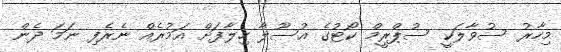
މިހާރު ސުވާލަކީ ސުޕްރީމް ކޯޓުގެ އުސޫލާ ހިލާފަށް އަމުރެއް ނެރެފި ނަމަ ދެން